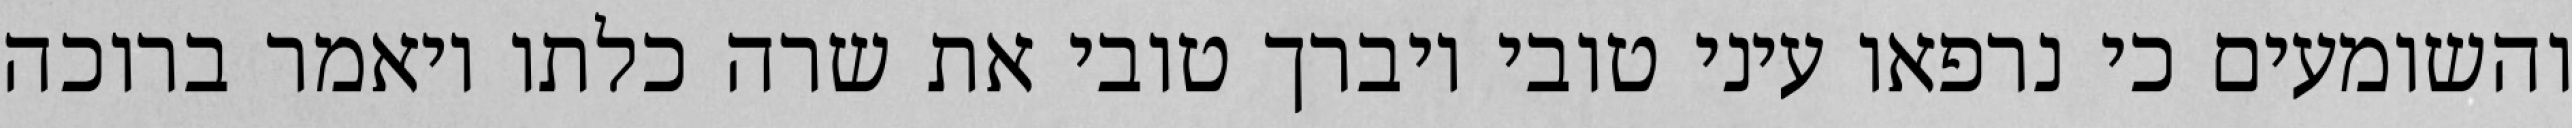
והשומעים כי נרפאו עיני טובי ויברך טובי את שרה כלתו ויאמר ברוכה